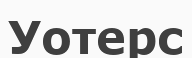
Уотерс